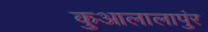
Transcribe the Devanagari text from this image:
कुआलालापुंर